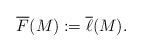
\begin{align*}\overline{F}(M):=\overline{\ell}(M).\end{align*}